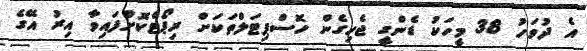
އެ ދުވަހު 38 މީހަކު ޑެންގީ ޖެހިގެން ހޮސްޕިޓަލްތަކަށް ރިޕޯޓްކޮށްފައިވާ އިރު އޭގެ